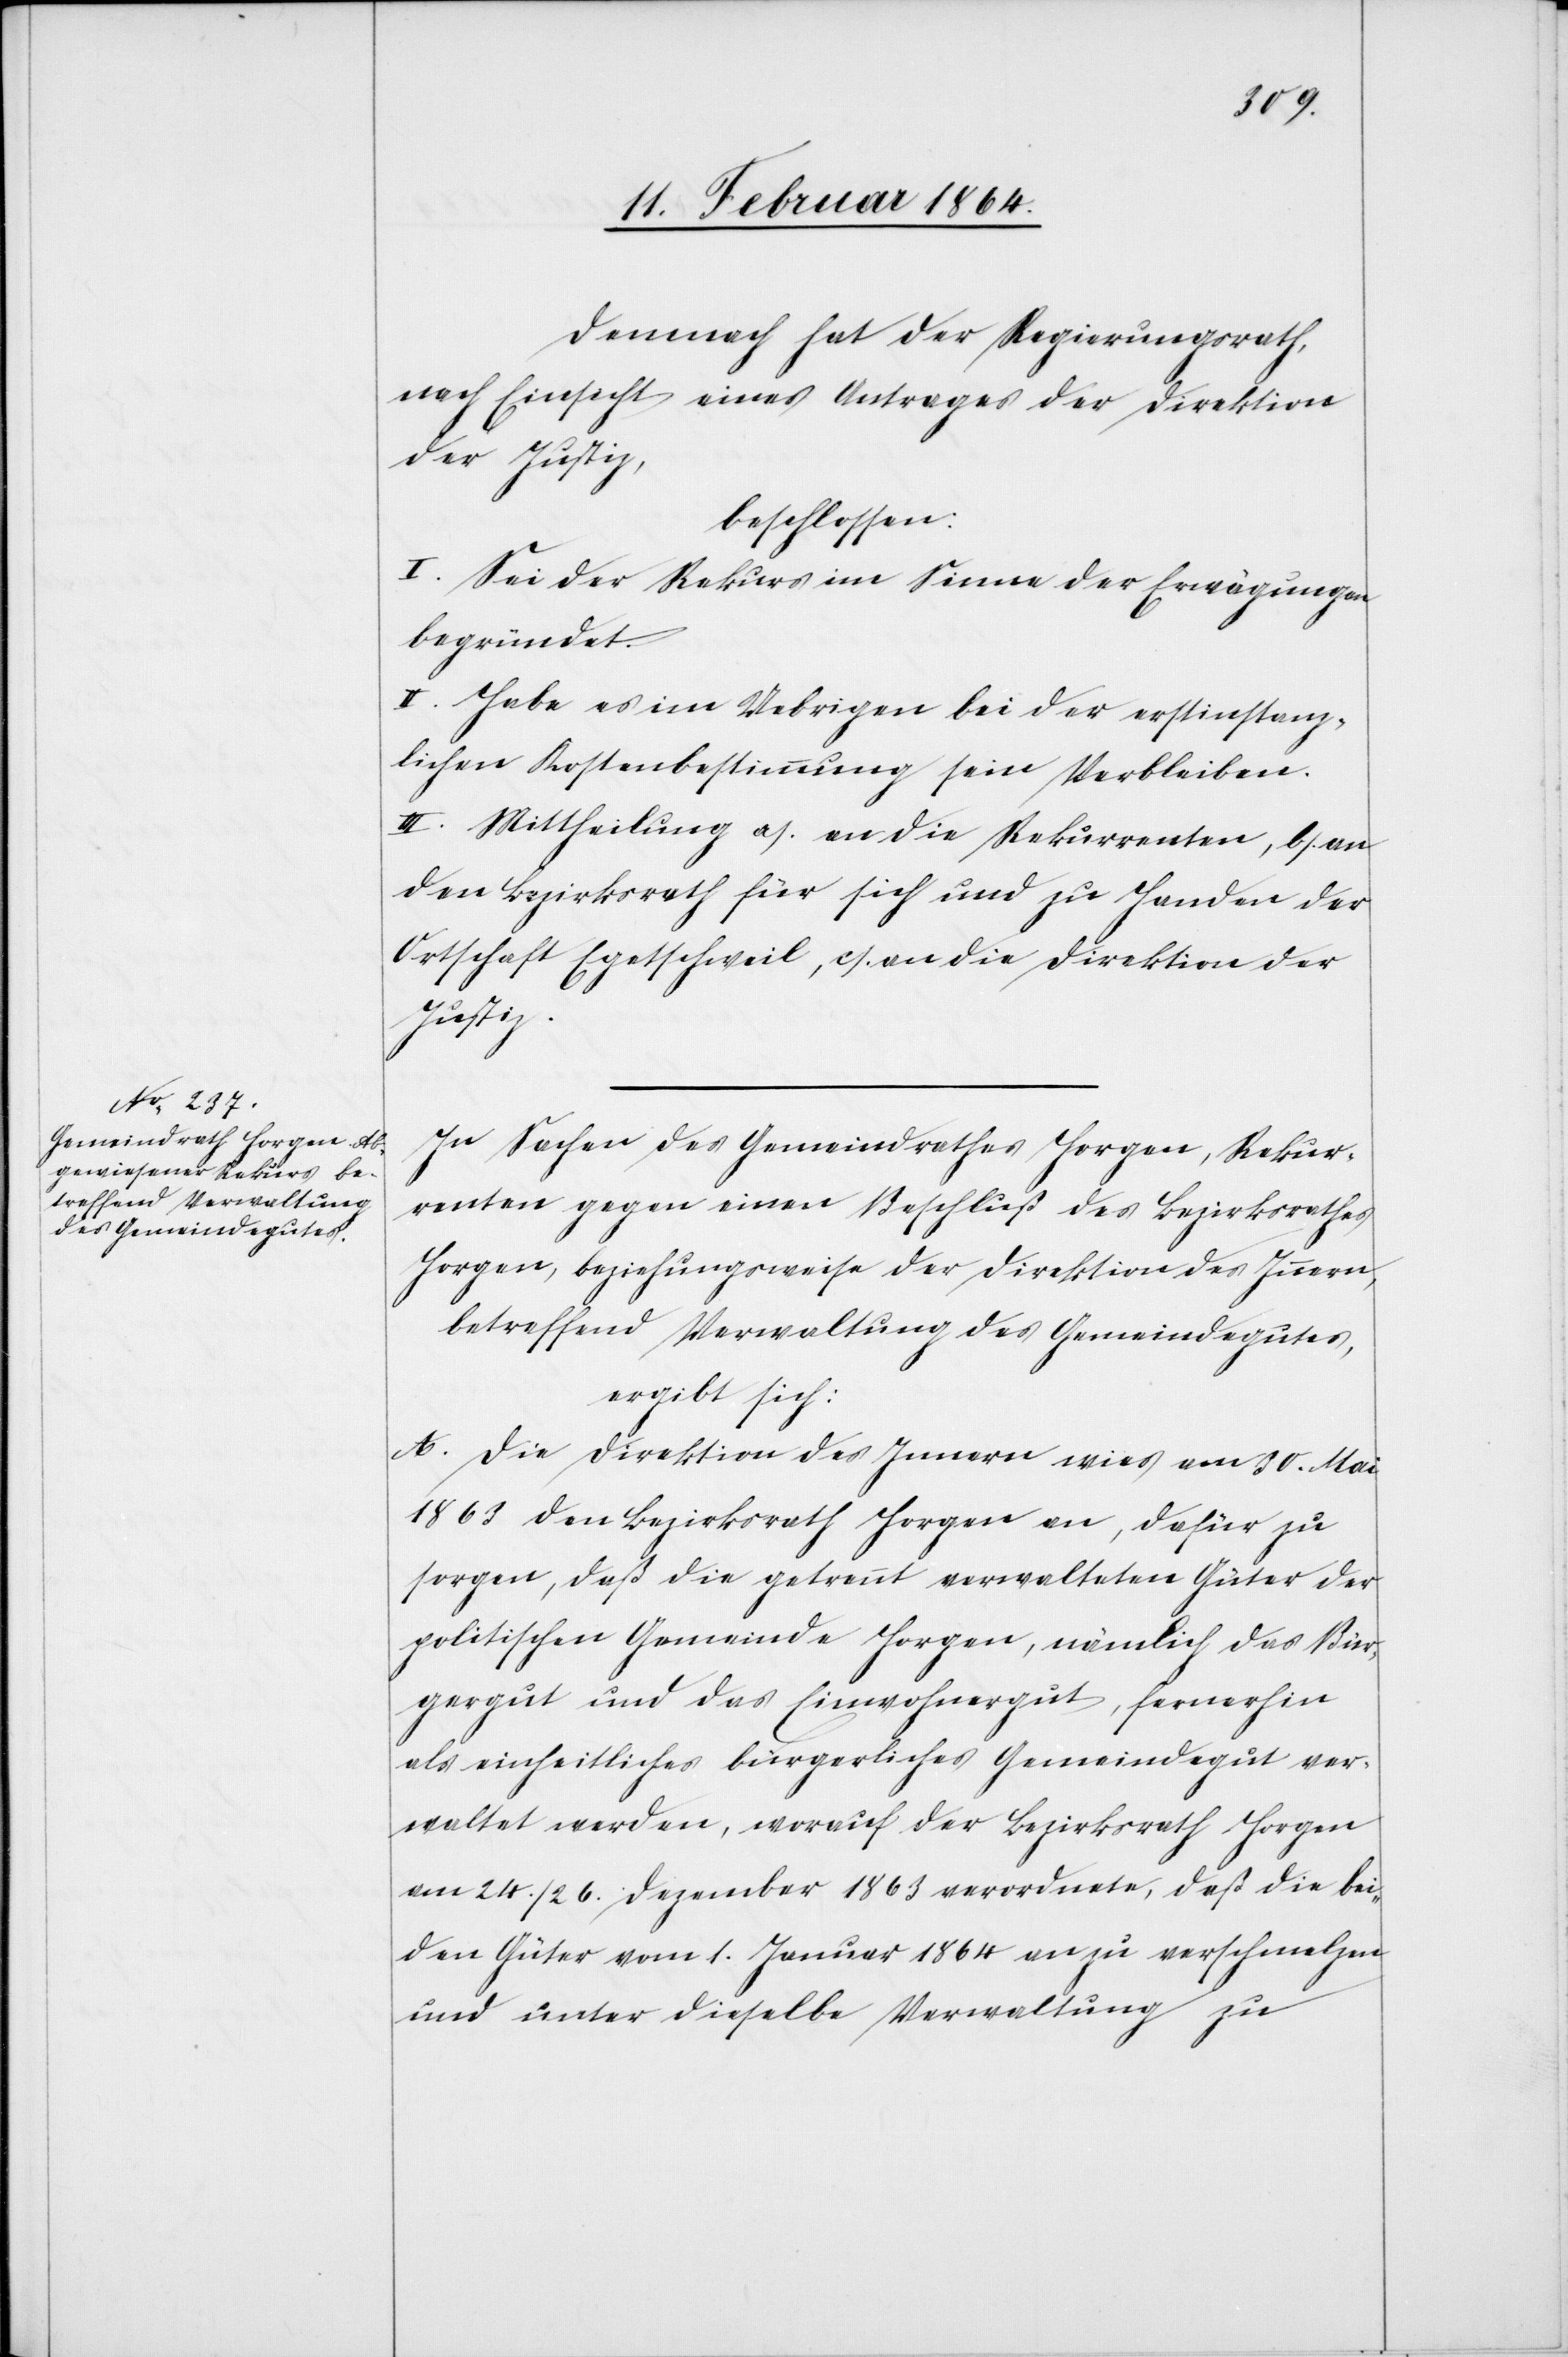
Demnach hat der Regierungsrath,
nach Einsicht eines Antrages der Direktion
der Justiz,
beschlossen:
I. Sei der Rekurs im Sinne der Erwägungen
begründet.
II. Habe es im Uebrigen bei der erstinstanz¬
lichen Kostenbestimmung sein Verbleiben.
III. Mittheilung a.) an die Rekurrenten, b.) an
den Bezirksrath für sich und zu Handen der
Ortschaft Egetschweil, c.) an die Direktion der
Justiz.
In Sachen des Gemeindrathes Horgen, Rekur¬
renten gegen einen Beschluß des Bezirksrathes
Horgen, beziehungsweise der Direktion des Innern,
betreffend Verwaltung des Gemeindegutes
ergibt sich:
A. Die Direktion des Innern wies am 30. Mai
1863 den Bezirksrath Horgen an, dafür zu
sorgen, daß die getrennt verwalteten Güter der
politischen Gemeinde Horgen, nämlich das Bür¬
gergut und das Einwohnergut, fernerhin
als einheitliches bürgerliches Gemeindegut ver¬
waltet werden, worauf der Bezirksrath Horgen
am 24./26. Dezember 1863 verordnete, daß die bei¬
den Güter vom 1. Januar 1864 an zu verschmelzen
und unter dieselbe Verwaltung zu